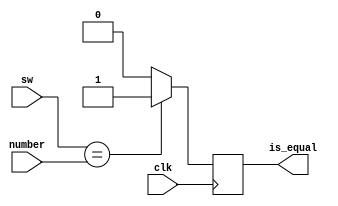
`timescale 1ns / 1ps
//////////////////////////////////////////////////////////////////////////////////
// Company: 
// Engineer: 
// 
// Design Name: 
// Module Name:    comparator 
// Project Name: 
// Target Devices: 
// Tool versions: 
// Description: 
//
// Dependencies: 
//
// Revision: 
// Revision 0.01 - File Created
// Additional Comments: 
//
//////////////////////////////////////////////////////////////////////////////////
module comparator(
    // Inputs
   clk,
  	sw, // 8 switch -> 2^8-1 = 255
   number,
   // Outputs
   is_equal
);
  	input clk;
   input [7:0]   sw;
  	input [7:0]	number;
	
   output reg is_equal;
	
	initial begin
		is_equal = 0;
	end
	
   always@ (posedge clk) begin
        if (sw == number)
            is_equal <= 1;
        else
            is_equal <= 0;
    end
endmodule